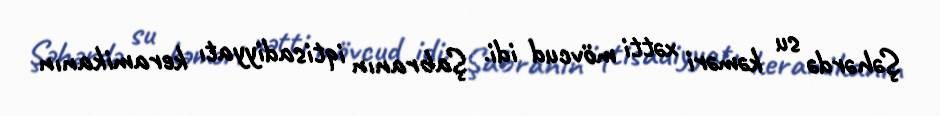
Şəhərdə su kəməri xətti mövcud idi. Şabranın iqtisadiyyatı keramikanın